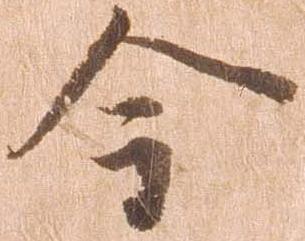
今